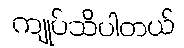
ကျုပ်သိပါတယ်